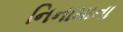
નિનામાના